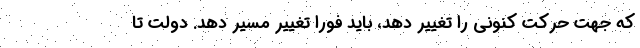
که جهت حرکت کنونی را تغییر دهد، باید فورا تغییر مسیر دهد. دولت تا